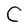
Character: C